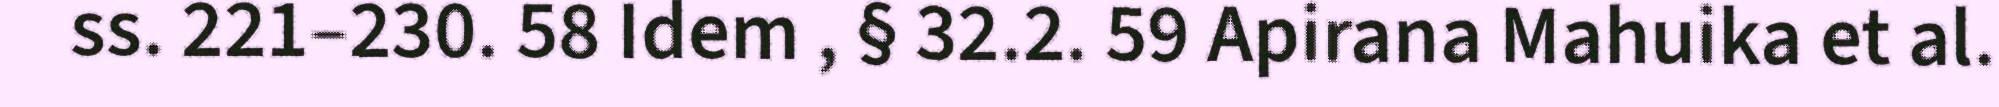
ss. 221–230. 58 Idem , § 32.2. 59 Apirana Mahuika et al.